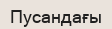
Пусандағы